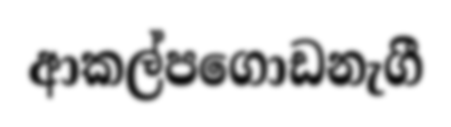
ආකල්පගොඩනැගී